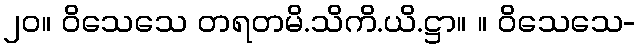
၂၀။ ဝိသေသေ တရတမိ.သိကိ.ယိ.ဋ္ဌာ။ ။ ဝိသေသေ-